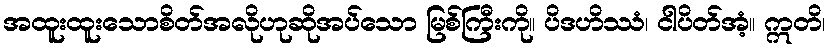
အထူးထူးသောစိတ်အလိုဟုဆိုအပ်သော မြစ်ကြီးကို။ ပိဒဟိဿံ၊ ငါပိတ်အံ့။ ဣတိ၊